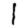
Digit: 1